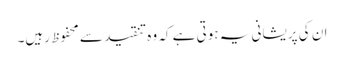
ان کی پریشانی یہ ہوتی ہے کہ وہ تنقید سے محفوظ رہیں۔